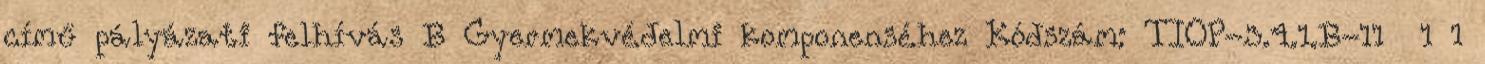
című pályázati felhívás B Gyermekvédelmi komponenséhez Kódszám: TIOP-3.4.1.B-11 1 1